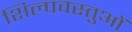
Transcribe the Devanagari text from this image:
शिल्पवस्तुओं